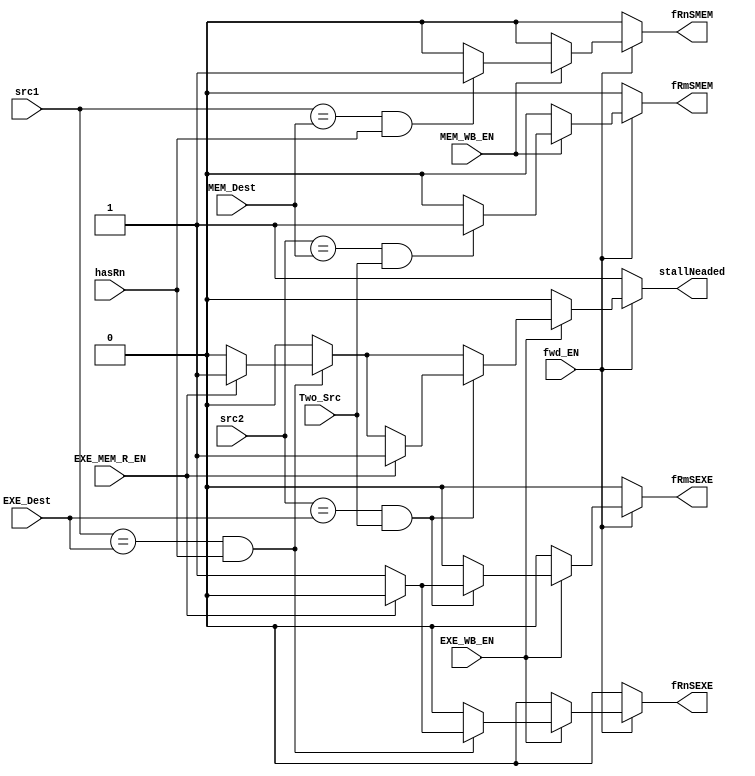
module ForwardingUnit(input [3:0] src1,src2,EXE_Dest,MEM_Dest,
                      input fwd_EN,Two_Src,hasRn,EXE_WB_EN,EXE_MEM_R_EN,MEM_WB_EN,
                      output reg fRnSEXE,fRnSMEM,fRmSEXE,fRmSMEM,stallNeaded);
  
  always@(*) begin
    fRnSEXE=1'b0; fRnSMEM=1'b0;
    fRmSEXE=1'b0; fRmSMEM=1'b0;
    stallNeaded=1'b1;
    if(fwd_EN)begin
      stallNeaded=1'b0;
      if(EXE_WB_EN) begin
        if(src1==EXE_Dest && hasRn)begin
          if(EXE_MEM_R_EN)  stallNeaded=1'b1; else  fRnSEXE=1'b1;
        end
        if(src2==EXE_Dest && Two_Src)begin
          if(EXE_MEM_R_EN)  stallNeaded=1'b1; else  fRmSEXE=1'b1;
        end
      end
      if(MEM_WB_EN) begin
        if(src1==MEM_Dest && hasRn) fRnSMEM=1'b1;
        if(src2==MEM_Dest && Two_Src) fRmSMEM=1'b1;
      end
    end
  end
  
endmodule